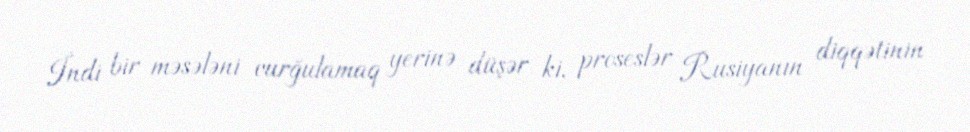
İndi bir məsələni vurğulamaq yerinə düşər ki, proseslər Rusiyanın diqqətinin